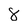
Character: 8